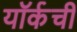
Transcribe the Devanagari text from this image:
यॉर्कची